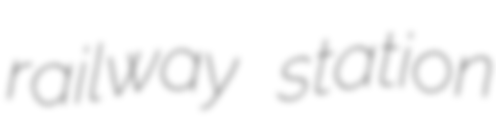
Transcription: railway station